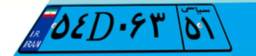
۷۰D۳۲۰۹۸